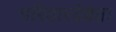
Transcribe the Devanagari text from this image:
परिवारदेवता